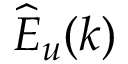
\widehat { E } _ { u } ( k )